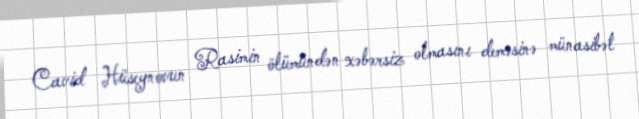
Cavid Hüseynovun Rasimin ölümündən xəbərsiz olmasını deməsinə münasibət